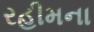
રહીમના